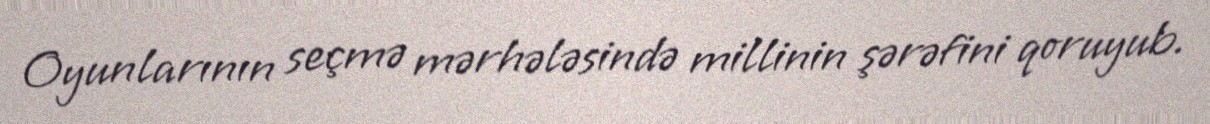
Oyunlarının seçmə mərhələsində millinin şərəfini qoruyub.